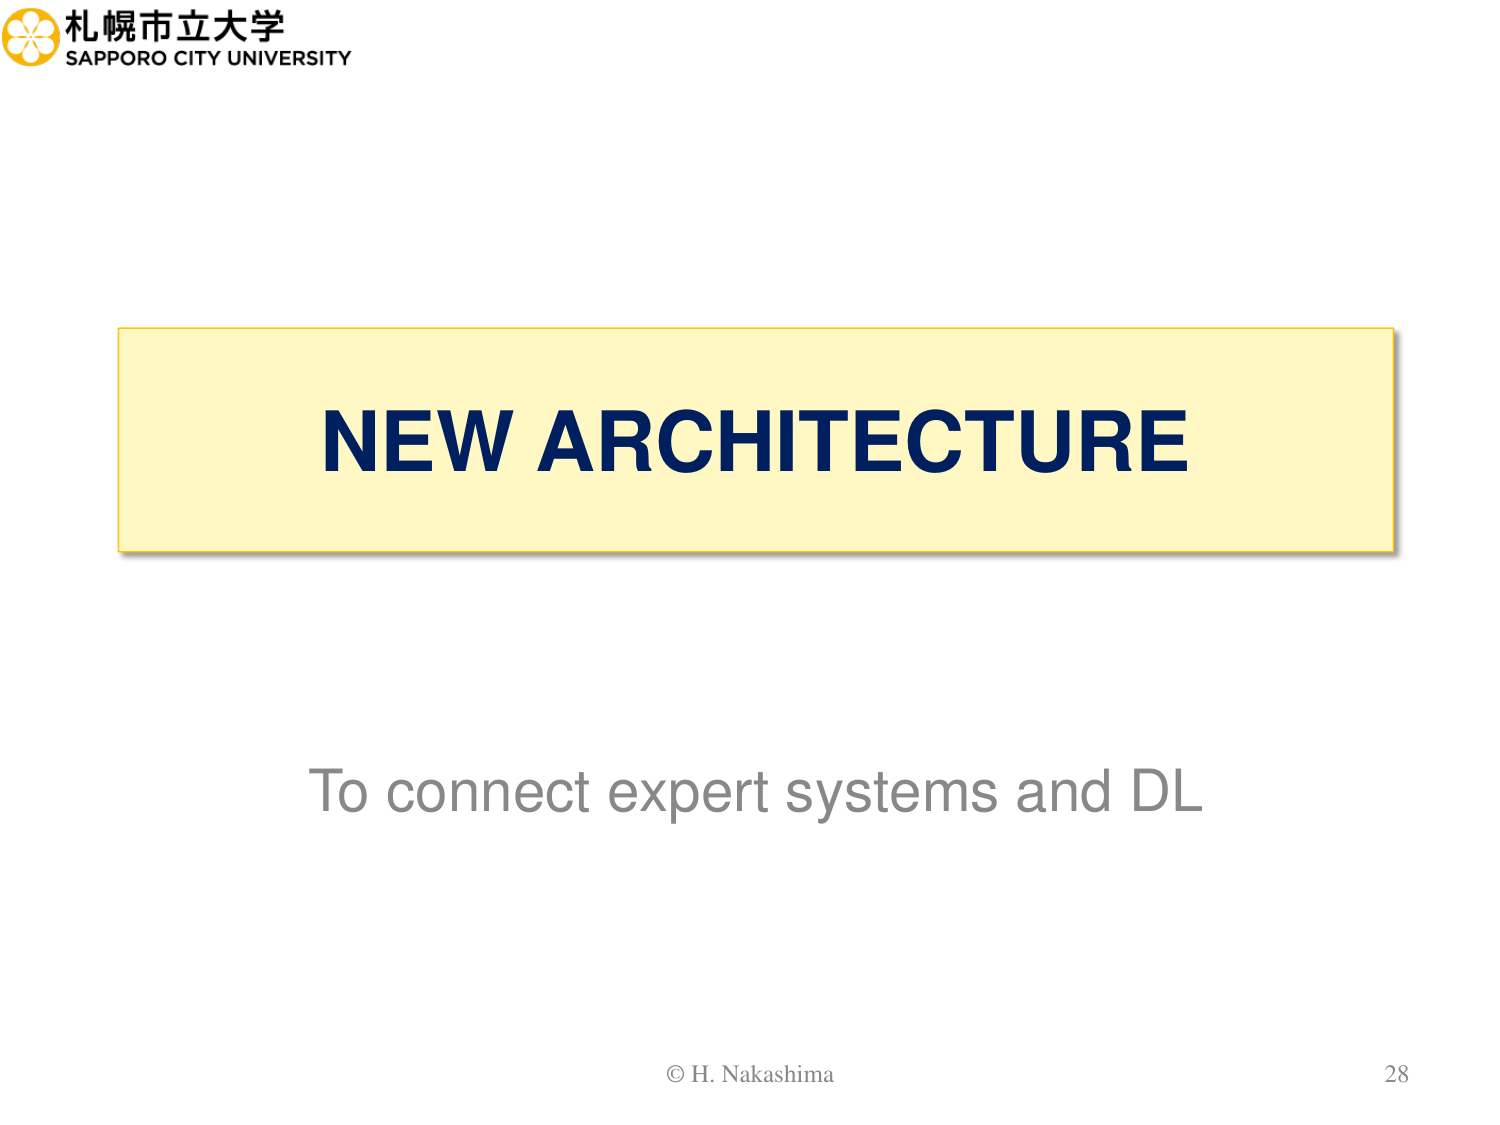
札幌市立大学
SAPPORO CITY UNIVERSITY

NEW ARCHITECTURE

To connect expert systems and DL

© H. Nakashima
28